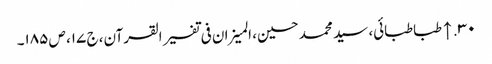
۳۰. ↑ طباطبائی، سید محمد حسین، المیزان فی تفسیر القرآن، ج ۱۷، ص ۱۸۵۔